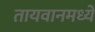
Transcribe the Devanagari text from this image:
तायवानमध्ये